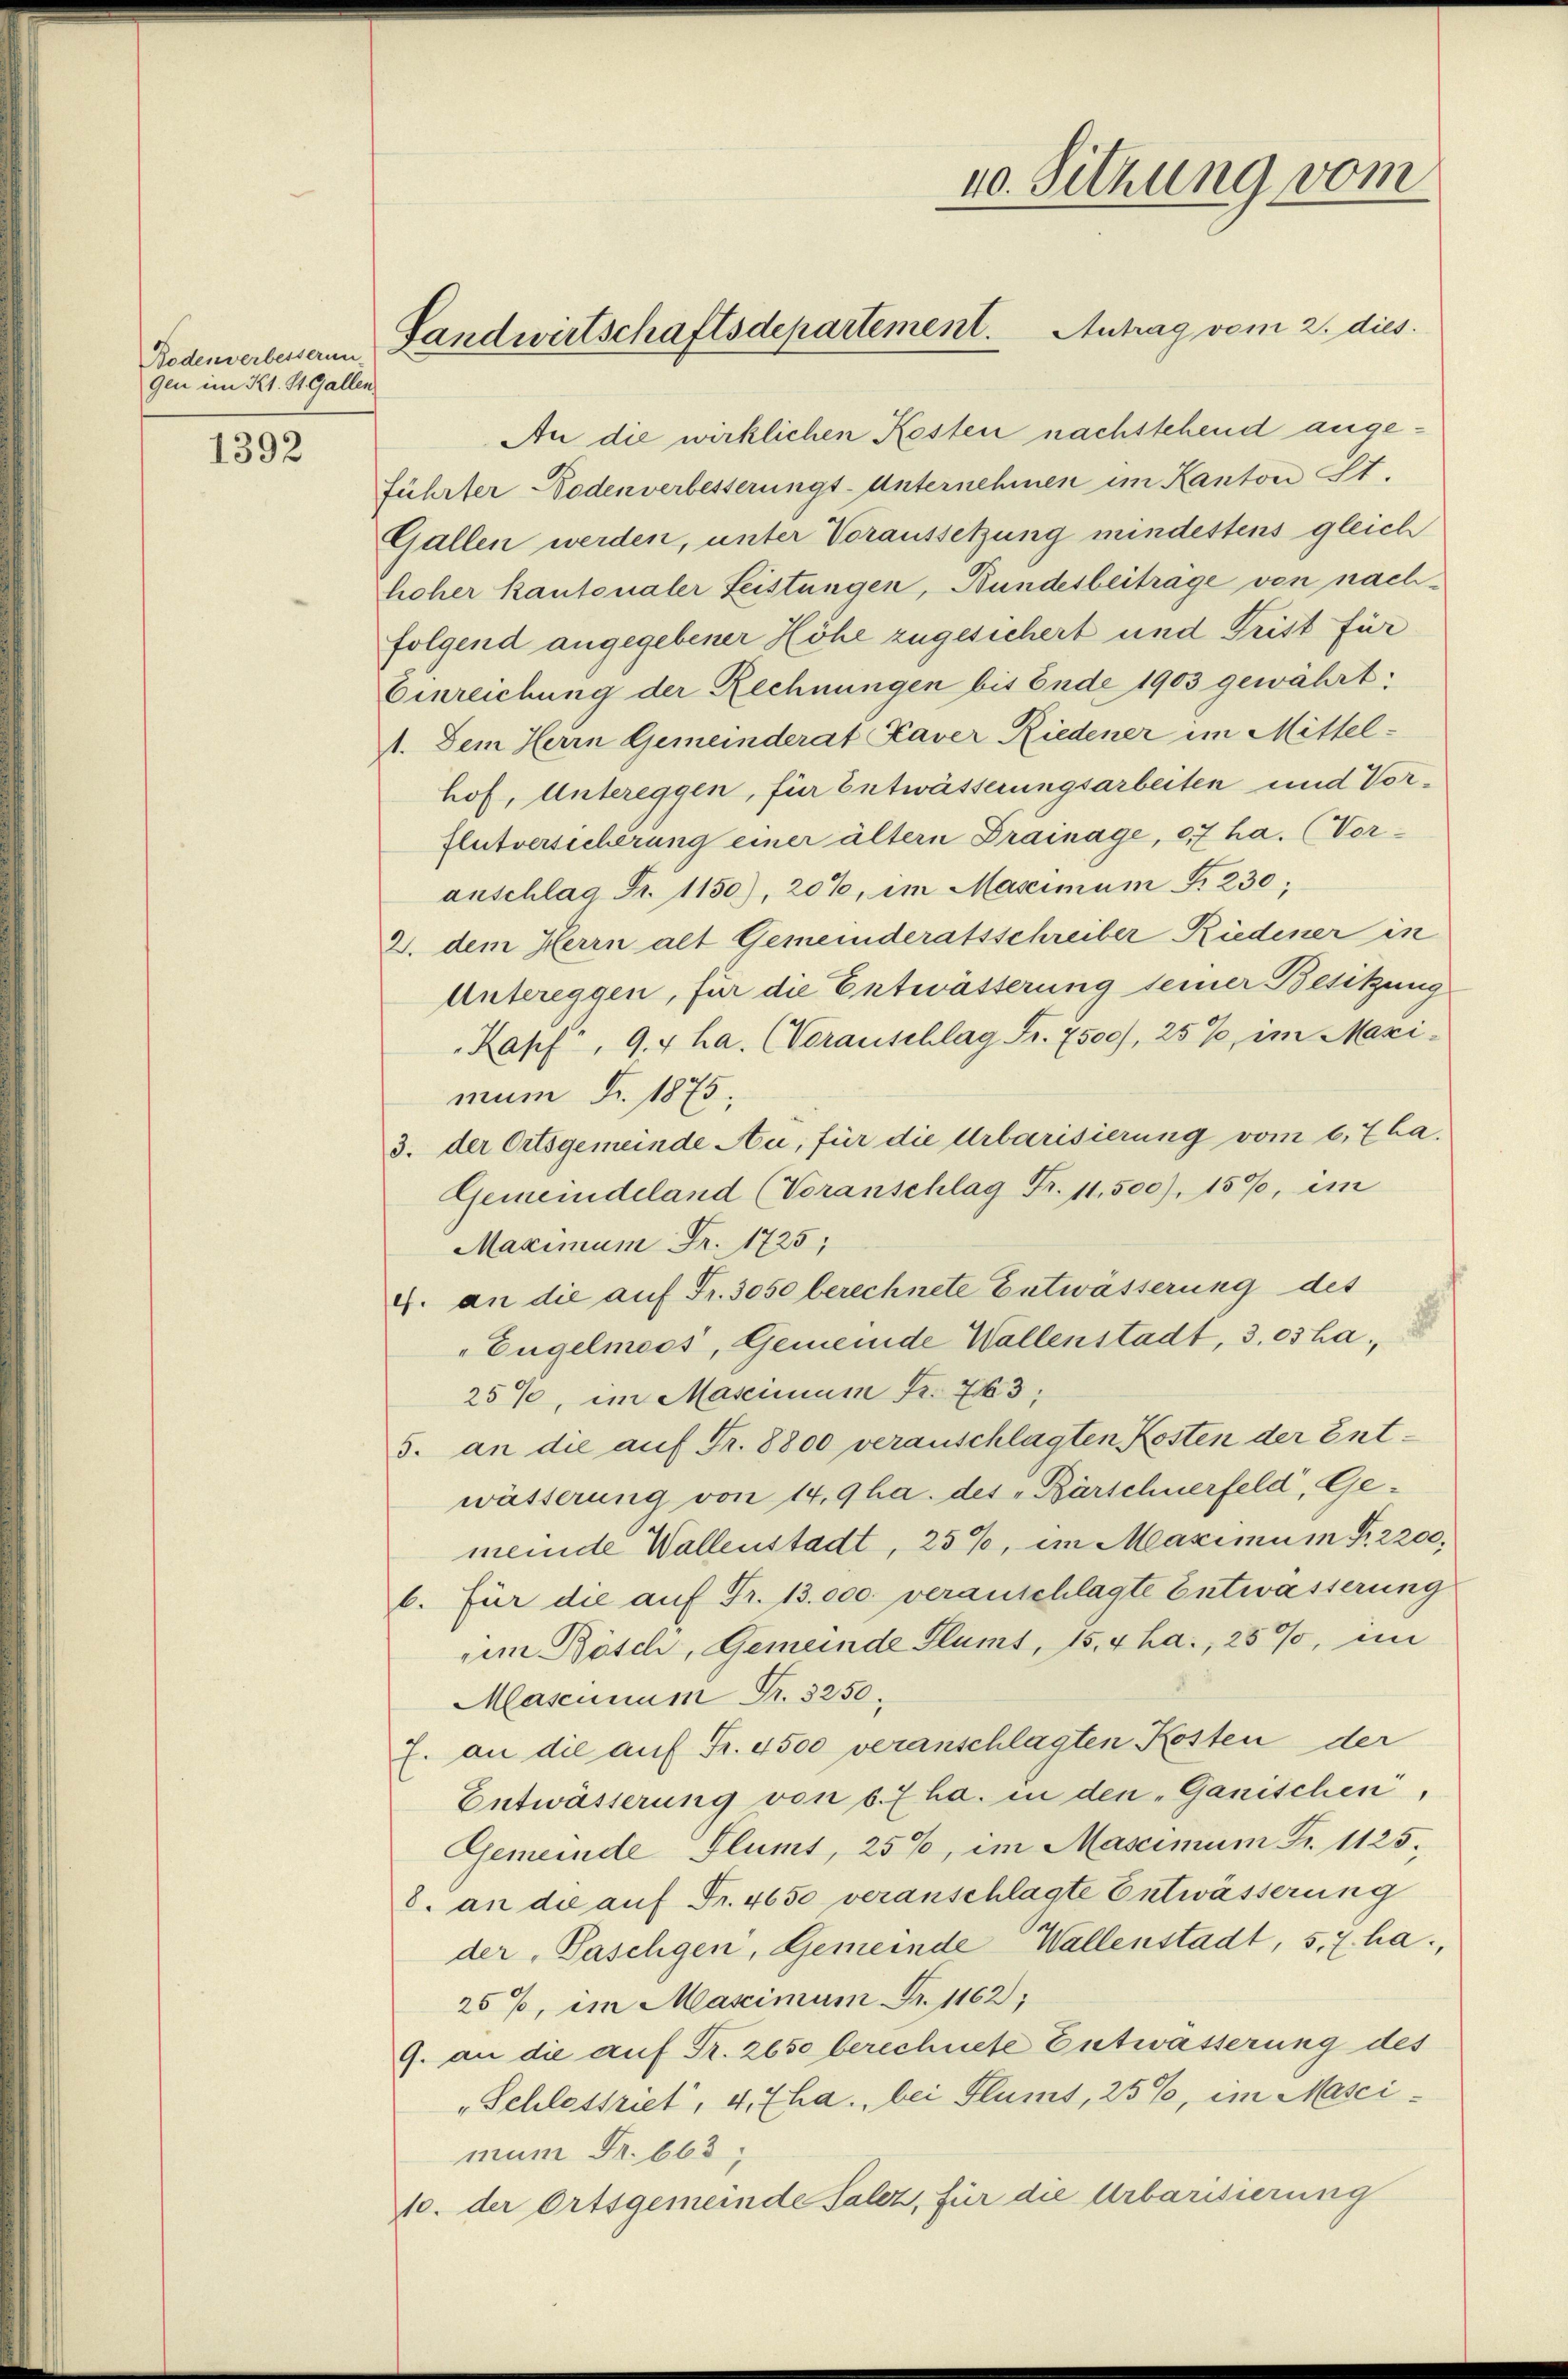
Bodenverbesserun
gen im Kt. St. Gallen

1392

40. Sitzung vom
Landwirtschaftsdepartement. Antrag vom 2. dies

An die wirklichen Kesten nachstehend angeführter-Bodenverbesserungs-Unternehmen im Kanton St.
Gallen werden, unter Voraussetzung mindestens gleich
hoher kantonaler Leistungen, Bundesbeitrage von nachfolgend angegebener Höhe zugesichert und Frist für
Einreichung der Rechnungen bis Ende 1903 gewährt:
1. Dem Herrn Gemeinderat Kaver Riedener im Mittelhof, Untereggen, für Entwässerungsarbeiten und Vor¬
Flutversicherung einer ältern Drainage, 07 ha. (Vor-
anschlag Fr. 1150), 20%, im Massimum §. 230;
2. dem Herrn alt Gemeinderatsschreiber Riedener in
Untereggen, für die Entwässerung seiner Besitzung
Kapf, 9.4 ha. (Voranschlag Fr. 7500), 25%, im Maxi-
mum Fr. 1875;
3. der Ortsgemeinde Au, für die Urbarisierung vom 6.7ha.
Gemeindeland (Voranschlag Fr. 11,500), 159, im
Maximum Fr. 1725;
4. an die auf Fr. 3050 berechnete Entwässerung des
Engelmoos, Gemeinde Wallenstadt, 3. os ha
25%, im Mascimum Fr. 763,
5. an die auf Fr. 8800 veranschlagten Kosten der Entwässerung von 14,9ha. des „Bärschnerfeld, Gemeinde Wallenstadt, 25%, im Maximum P. 2200,
b. für die auf Fr. 13.000. veranschlagte Entwässerung
im Bösch, Gemeinde Plumt, 15,4 ha., 259, im
Mascunum Fr. 3250.
f. an die auf Fr. 4500 veranschlagten Kosten der
Entwässerung von 6. 7 ha. in den „Ganischen,
Gemeinde Flumt, 256, im Mascimum Fr. 1125.
8. an die auf Fr. 4650 veranschlagte Entwässerung
der Paschgen, Gemeinde Wallenstadt, 5,7 ha,
25%, im Mascimum Fr. 1162;
9. an die auf Fr. 2650 berechnete Entwässerung des
„Schlestrict, 4,7ha., bei Flums, 25%, im Mascimum Fr. 663
10. der Ortsgemeinde Salez, für die Urbarisierung